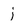
Character: j